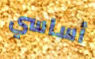
أساسي